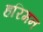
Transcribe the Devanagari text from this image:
हरिमन